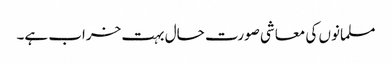
مسلمانوں کی معاشی صورت حال بہت خراب ہے۔